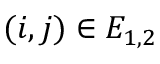
( i , j ) \in E _ { 1 , 2 }